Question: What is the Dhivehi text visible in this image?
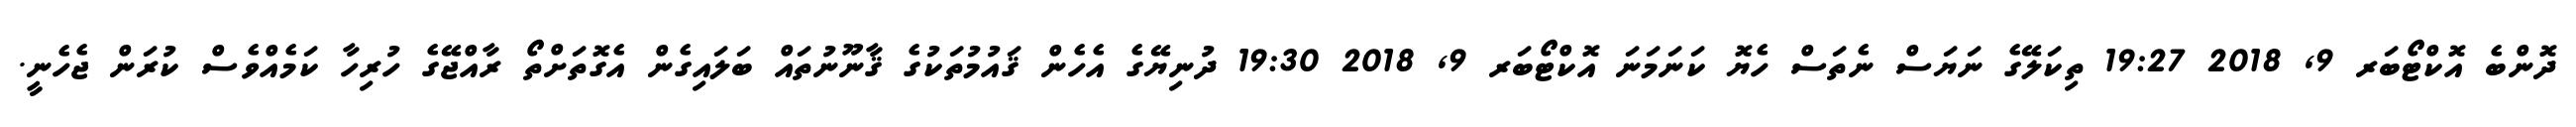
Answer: ދޮންބެ އޮކްޓޯބަރ 9, 2018 19:27 ތިކަލޭގެ ނަޔަސް ނެތަސް ހެޔޮ ކަނަމަނަ އޮކްޓޯބަރ 9, 2018 19:30 ދުނިޔޭގެ އެހެން ޤައުމުތަކުގެ ޤާނޫނުތައް ބަލައިގެން އެގޮތަށްތޯ ރާއްޖޭގެ ހުރިހާ ކަމެއްވެސް ކުރަން ޖެހެނީ.